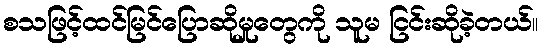
စသဖြင့်ထင်မြင်ပြောဆိုမှုတွေကို သူမ ငြင်းဆိုခဲ့တယ်။